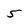
Character: 5